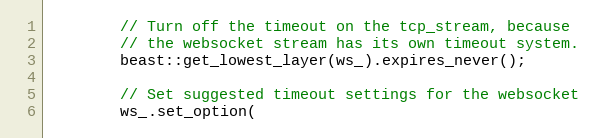
Language: C++
        // Turn off the timeout on the tcp_stream, because
        // the websocket stream has its own timeout system.
        beast::get_lowest_layer(ws_).expires_never();

        // Set suggested timeout settings for the websocket
        ws_.set_option(